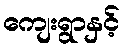
ကျေးရွာနှင့်